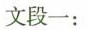
文段一：